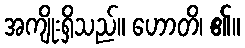
အကျိုးရှိသည်။ ဟောတိ၊ ၏။